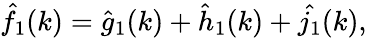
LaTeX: \hat{f}_{1}(k)=\hat{g}_{1}(k)+\hat{h}_{1}(k)+\hat{j_{1}}(k),